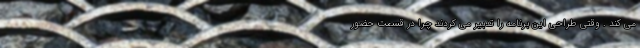
می کند . وقتی طراحی این برنامه را تدبیر می کردند چرا در قسمت حضور